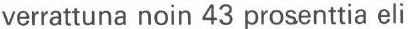
verrattuna noin 43 prosenttia eli